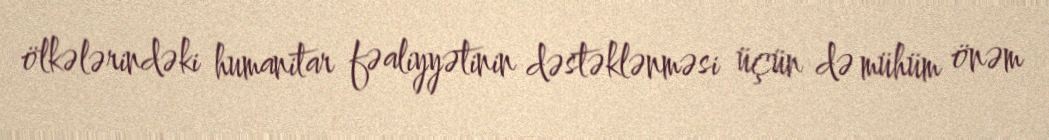
ölkələrindəki humanitar fəaliyyətinin dəstəklənməsi üçün də mühüm önəm